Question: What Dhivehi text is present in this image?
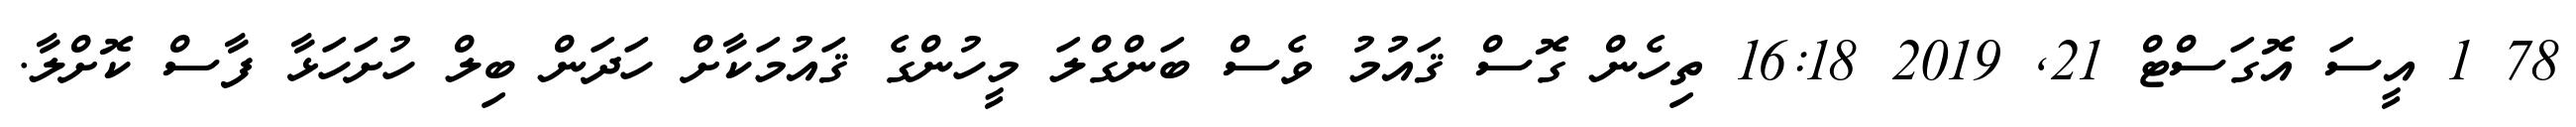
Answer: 78 1 އީސަ އޮގަސްޓް 21, 2019 16:18 ތިހެން ގޮސް ޤައުމު ވެސް ބަންގްލަ މީހުންގެ ޤައުމަކާށް ހަދަން ބިލް ހުށަހަޅާ ފާސް ކޮށްލާ.